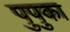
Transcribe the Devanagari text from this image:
पुपुका